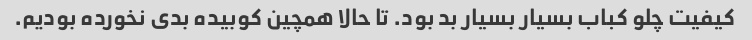
کیفیت چلو کباب بسیار بسیار بد بود. تا حالا همچین کوبیده بدی نخورده بودیم.